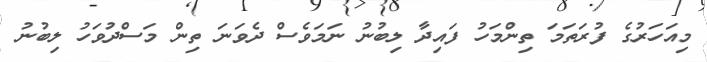
މިއަހަރުގެ ފުރަތަމަ ތިންމަހު ފައިދާ ލިބުނު ނަމަވެސް ދެވަނަ ތިން މަސްދުވަހު ލިބުނު